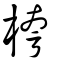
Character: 桍